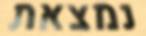
נמצאת